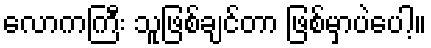
လောကကြီး သူဖြစ်ချင်တာ ဖြစ်မှာပဲပေါ့။